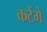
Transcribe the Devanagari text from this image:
कटेंगे